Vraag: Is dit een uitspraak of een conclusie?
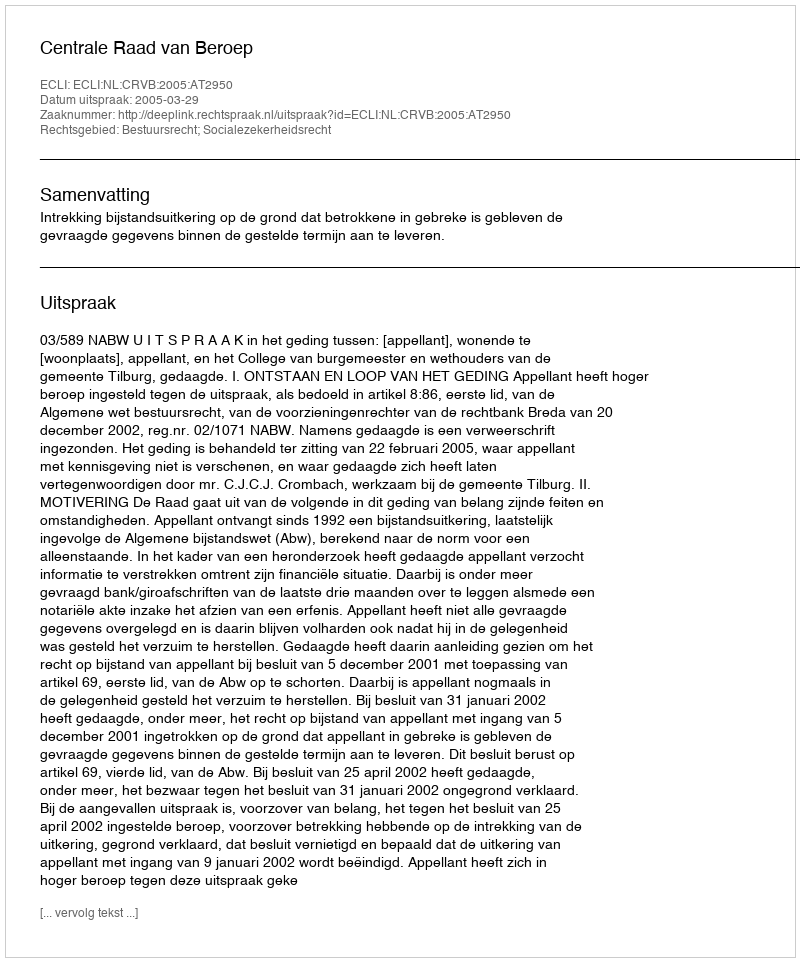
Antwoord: Uitspraak